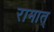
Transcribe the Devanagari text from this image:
रामात्